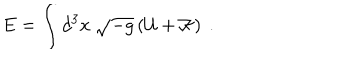
LaTeX: E = \int d ^ { 3 } x \ \sqrt { - g } \left( { \cal U } + { \cal K } \right) \ .